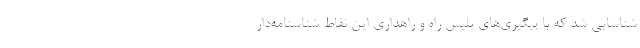
شناسایی شد که با پیگیری‌های پلیس راه و راهداری این نقاط شناسنامه‌دار